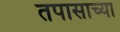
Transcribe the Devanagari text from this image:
तपासाच्या